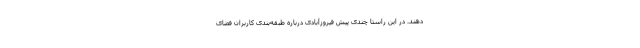
دهند. در این راستا چندی پیش فیروزآبادی درباره طبقه‌بندی کاربران فضای